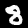
Label: 8